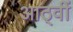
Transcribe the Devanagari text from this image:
आठ्वीं